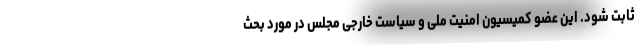
ثابت شود. این عضو کمیسیون امنیت ملی و سیاست خارجی مجلس در مورد بحث